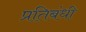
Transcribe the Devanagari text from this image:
प्रतिबंधी